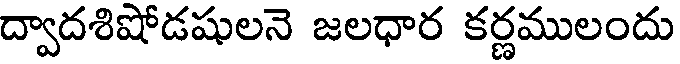
ద్వాదశిషోడషులనె జలధార కర్ణములందు